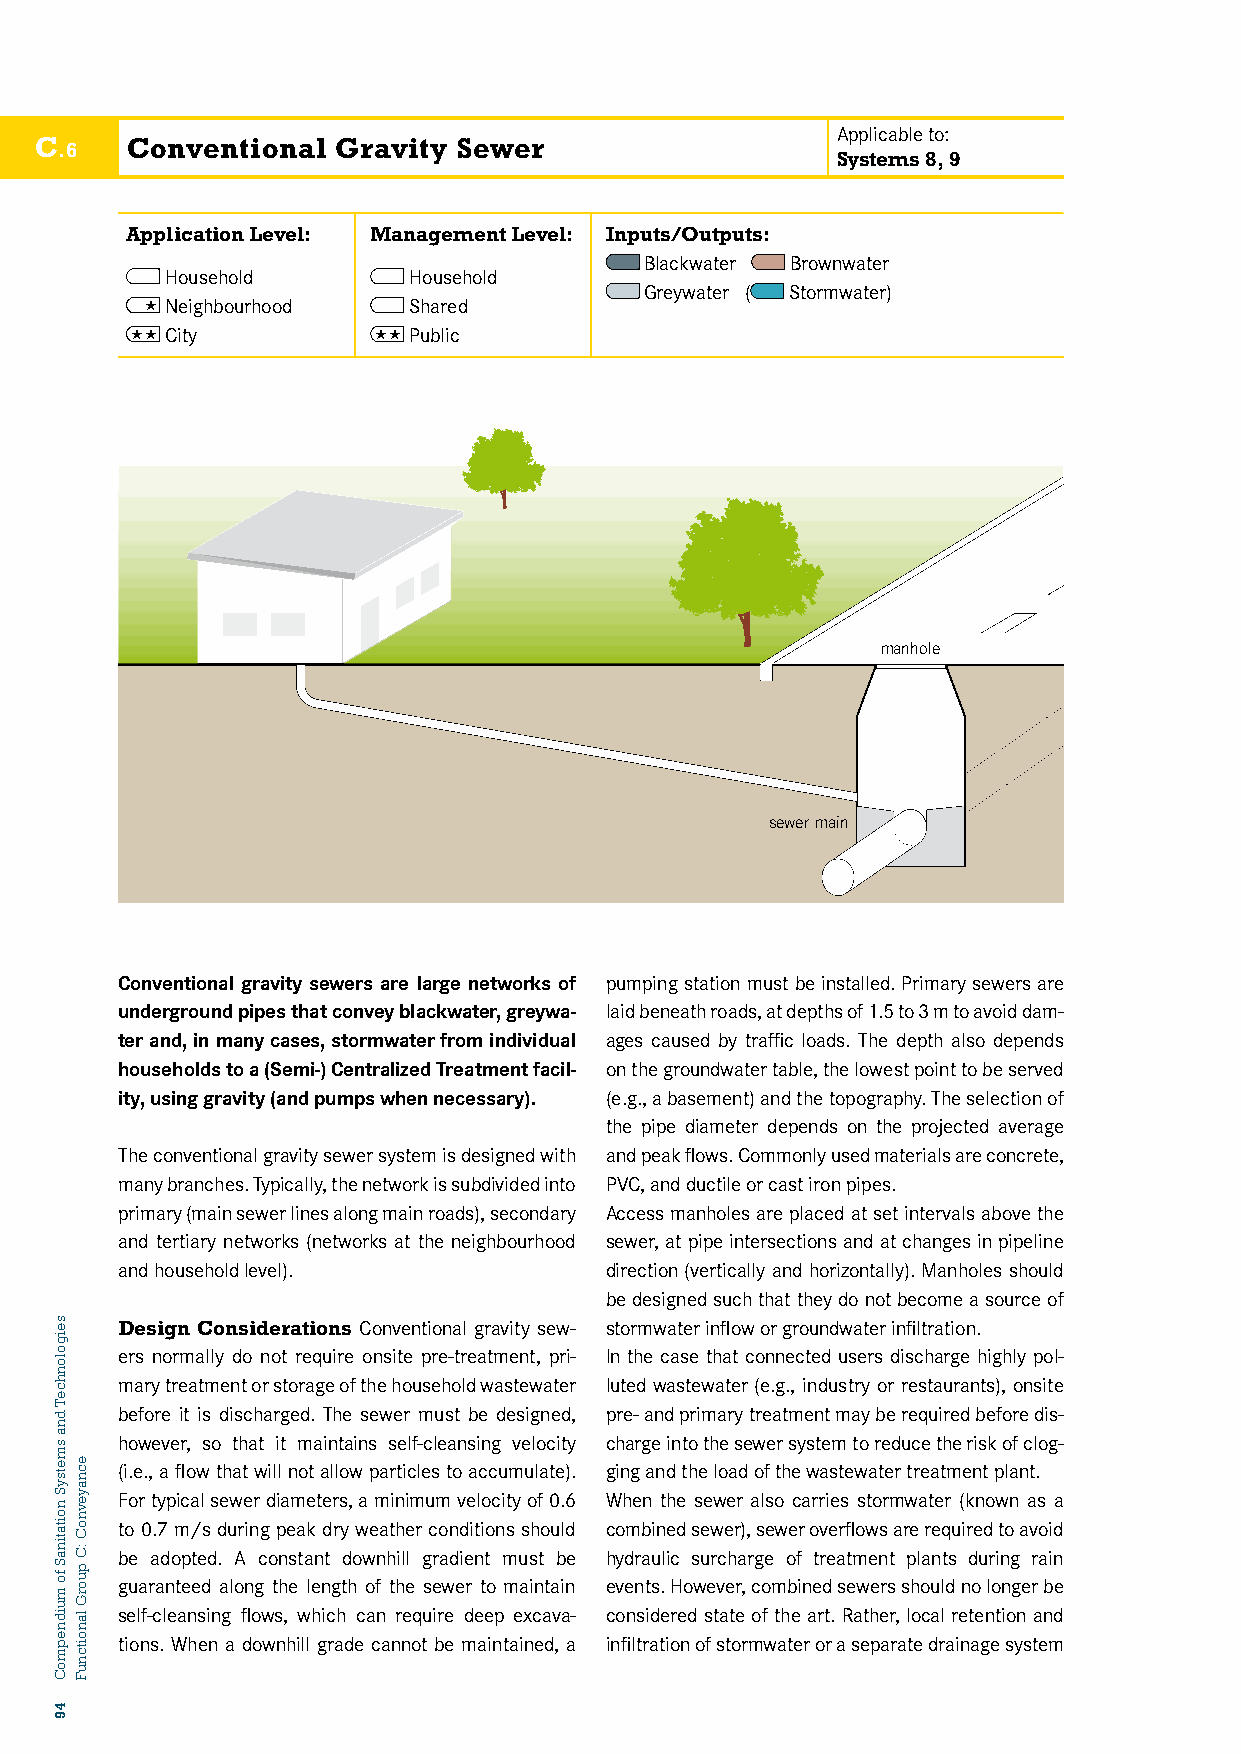
Applicable to:
 C     Conventional  Gravity Sewer
 .6
 Systems 8, 9
 Application Level: Management Level: Inputs/Outputs:
 Blackwater Brownwater
 Household       Household
 Greywater ( Stormwater)
  Neighbourhood  Shared
 C6: CCiOtyNVENTIONAL GRAV IPTuYb lSicEWER
 manhole
 sewer main
 Conventional gravity sewers are large networks of pumping station must be installed. Primary sewers are
 underground pipes that convey blackwater, greywa- laid beneath roads, at depths of 1.5 to 3 m to avoid dam-
 ter and, in many cases, stormwater from individual ages caused by traffic loads. The depth also depends
 households to a (Semi-) Centralized Treatment facil- on the groundwater table, the lowest point to be served
 ity, using gravity (and pumps when necessary). (e.g., a basement) and the topography. The selection of
 the pipe diameter depends on the projected average
 The conventional gravity sewer system is designed with and peak flows. Commonly used materials are concrete,
 many branches. Typically, the network is subdivided into PVC, and ductile or cast iron pipes.
 primary (main sewer lines along main roads), secondary Access manholes are placed at set intervals above the
 and tertiary networks (networks at the neighbourhood sewer, at pipe intersections and at changes in pipeline
 and household level).           direction (vertically and horizontally). Manholes should
 be designed such that they do not become a source of
 Design Considerations Conventional gravity sew- stormwater inflow or groundwater infiltration.
 ers normally do not require onsite pre-treatment, pri- In the case that connected users discharge highly pol-
 mary treatment or storage of the household wastewater luted wastewater (e.g., industry or restaurants), onsite
 before it is discharged. The sewer must be designed, pre- and primary treatment may be required before dis-
 however, so that it maintains self-cleansing velocity charge into the sewer system to reduce the risk of clog-
 (i.e., a flow that will not allow particles to accumulate). ging and the load of the wastewater treatment plant.
 For typical sewer diameters, a minimum velocity of 0.6 When the sewer also carries stormwater (known as a
 to 0.7 m/s during peak dry weather conditions should combined sewer), sewer overflows are required to avoid
 be adopted. A constant downhill gradient must be hydraulic surcharge of treatment plants during rain
 guaranteed along the length of the sewer to maintain events. However, combined sewers should no longer be
 self-cleansing flows, which can require deep excava- considered state of the art. Rather, local retention and
 tions. When a downhill grade cannot be maintained, a infiltration of stormwater or a separate drainage system
 seigolonhceT
 dna
 smetsyS
 noitatinaS
 fo
 muidnepmoC
 49
 ecnayevnoC
 :C
 puorG
 lanoitcnuF